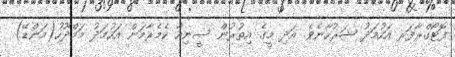
ފޮޓޯގްރާފަރ އަހުމަދު ޝަރުހާނެވެ. އަދި މީގެ އިތުރުން ސީނިއާ ކެމެރާމަން އަހުމަދު މަމްދޫހު(މަންޑޭ)